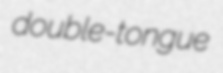
double-tongue